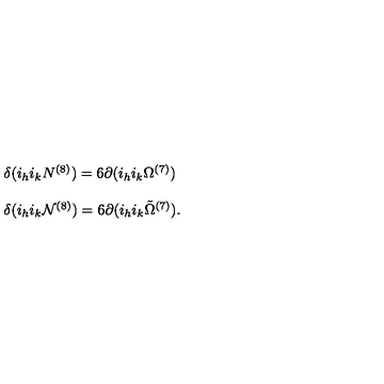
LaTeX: \begin{array} { r c l } { } & { } & { \delta ( i _ { h } i _ { k } N ^ { ( 8 ) } ) = 6 \partial ( i _ { h } i _ { k } \Omega ^ { ( 7 ) } ) } \\ { } & { } & { } \\ { } & { } & { \delta ( i _ { h } i _ { k } { \cal N } ^ { ( 8 ) } ) = 6 \partial ( i _ { h } i _ { k } { \tilde { \Omega } } ^ { ( 7 ) } ) . } \\ \end{array}